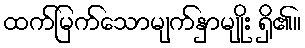
ထက်မြက်သောမျက်နှာမျိုး ရှိ၏။